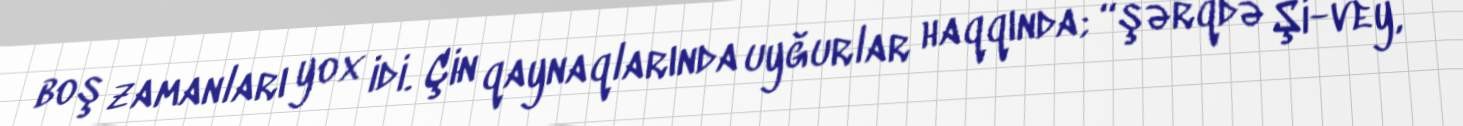
boş zamanları yox idi. Çin qaynaqlarında uyğurlar haqqında; “şərqdə Şi-vey,